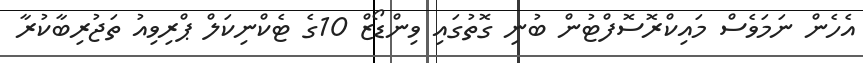
އެހެން ނަމަވެސް މައިކްރޮސޮފްޓުން ބުނި ގޮތުގައި ވިންޑޯޒް 10ގެ ޓެކްނިކަލް ޕްރިވިއު ތަޖުރިބާކުރާ